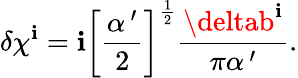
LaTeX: \delta\chi^{\mathbf{i}}=\mathbf{i}\left[\frac{{\alpha^{\, \prime}}}{{2}}\right]^{\frac{1}{2}}\frac{{\deltab^{\mathbf{i}}}}{{\pi\alpha^{\, \prime}}}.